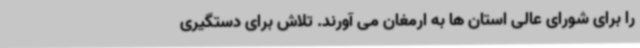
را برای شورای عالی استان ها به ارمغان می آورند. تلاش برای دستگیری